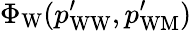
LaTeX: \Phi_{\mathrm{W}}(p_{\mathrm{WW}}^{\prime},p_{\mathrm{WM}}^{\prime})